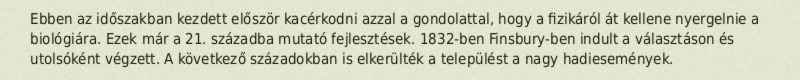
Ebben az időszakban kezdett először kacérkodni azzal a gondolattal, hogy a fizikáról át kellene nyergelnie a biológiára. Ezek már a 21. századba mutató fejlesztések. 1832-ben Finsbury-ben indult a választáson és utolsóként végzett. A következő századokban is elkerülték a települést a nagy hadiesemények.